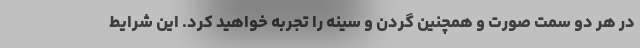
در هر دو سمت صورت و همچنین گردن و سینه را تجربه خواهید کرد. این شرایط